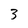
Character: 3